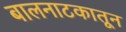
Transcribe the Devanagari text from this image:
बालनाटकातून